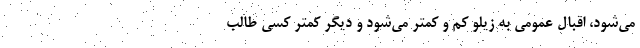
می‌شود، اقبال عمومی به زیلو کم و کمتر می‌شود و دیگر کمتر کسی طالب